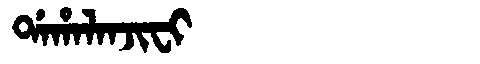
Manchu: ᡩᠠᡥᠠᠯᠠᠨᠵᡳᠸᡳ
Romanization: DAHALANJIFI